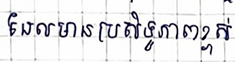
ដែលមានប្រសិទ្ធិភាពខ្ពស់